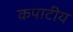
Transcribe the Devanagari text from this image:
कपाटीय